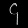
Digit: ၄